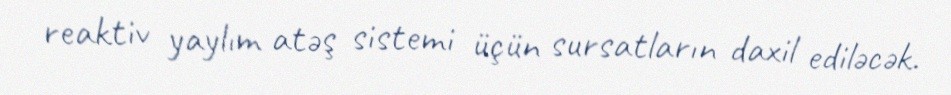
reaktiv yaylım atəş sistemi üçün sursatların daxil ediləcək.